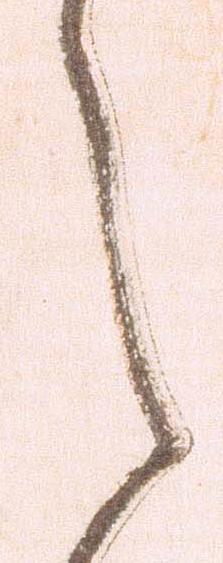
之